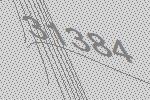
31384